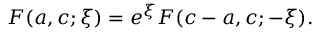
F ( a , c ; \xi ) = e ^ { \xi } F ( c - a , c ; - \xi ) .